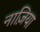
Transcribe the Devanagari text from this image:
नाज़िया